Indian journal of veterinary science and animal husbandry - Volumes 18-21, 1948-1951
Year: 1948
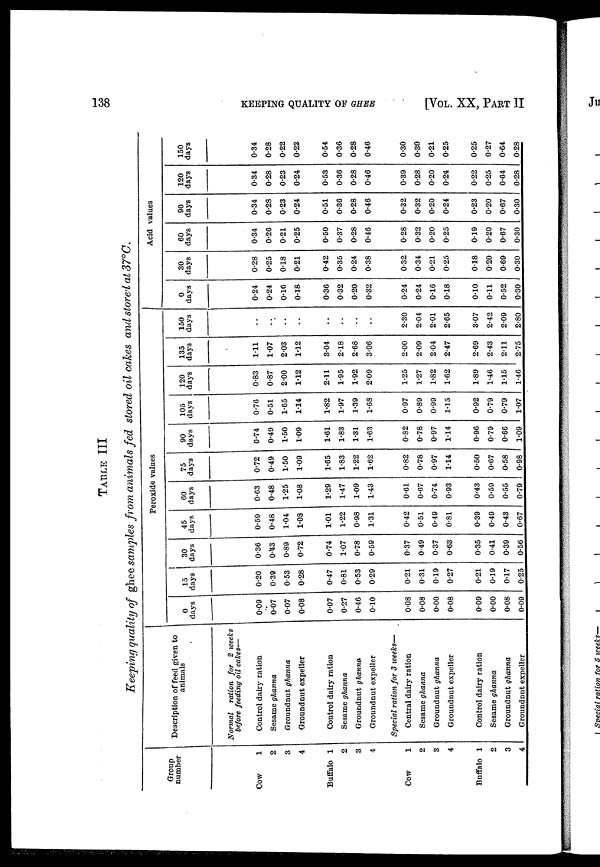
138
KEEPING QUALITY OF GHEE
[VOL. XX, PART II
TABLE III
Keeping quality of ghee samples from animals fed stored oil cakes and stored at 37°C.
Group
number
Cow
1
2
3
4
Buffalo 1
2
3
4
Cow
1
2
3
4
Buffalo 1
2
3
4
Description of feed given to
animals
Normal ration for 2 weeks
before feeding oil cakes—
Control dairy ration
Sesame ghanna
Groundnut ghanna
Groundnut expeller
Control dairy ration
Sesame ghanna
Groundnut ghanna
Groundnut expeller
Special ration for 3 weeks—
Central dairy ration
Sesame ghanna
Groundnut ghanna
Groundnut expeller
Control dairy ration
Sesame ghanna
Groundnut ghanna
Groundnut expeller
Peroxide values
0
days
0.09
0.07
0.07
0.08
0.07
0.27
0.46
0.10
0.08
0.08
0.00
0.08
0.09
0.00
0.08
0.09
15
days
0.20
0.39
0.53
0.28
0.47
0.81
0.53
0.29
0.21
0.31
0.19
0.27
0.21
0.19
0.17
0.25
30
days
0.36
0.43
0.89
0.72
0.74
1.07
0.78
0.59
0.37
0.49
0.37
0.63
0.35
0.41
0.39
0.56
45
days
0.59
0.48
1.04
1.08
1.01
1.22
0.98
1.31
0.42
0.51
0.49
0.81
0.39
0.49
0.43
0.67
60
days
0.63
0.48
1.25
1.08
1.29
1.47
1.09
1.43
0.61
0.67
0.74
0.93
0.43
0.59
0.55
0.79
75
days
0.72
0.49
1.50
1.09
1.65
1.83
1.22
1.62
0.82
0.78
0.97
1.14
0.50
0.67
0.58
0.98
90
days
0.74
0.49
1.50
1.09
1.61
1.83
1.31
1.63
0.82
0.78
0.97
1.14
0.96
0.79
0.66
1.09
105
days
0.76
0.51
1.65
1.14
1.82
1.97
1.39
1.68
0.97
0.89
0.99
1.15
0.92
0.79
0.79
1.07
120
days
0.83
0.87
2.00
1.12
2.11
1.95
1.92
2.09
1.25
1.27
1.82
1.62
1.89
1.46
1.15
1.46
135
days
1.11
1.07
2.03
1.12
3.04
2.18
2.68
3.06
2.00
2.09
2.04
2.47
2.69
2.43
2.11
2.75
150
days
..
..
..
..
..
..
..
..
2.30
2.04
2.01
2.65
3.07
2.42
2.09
2.80
Acid values
0
days
0.24
0.24
0.16
0.18
0.36
0.32
0.20
0.32
0.24
0.24
0.16
0.18
0.10
0.11
0.52
0.30
30
days
0.28
0.25
0.18
0.21
0.42
0.35
0.24
0.38
0.32
0.34
0.21
0.25
0.18
0.20
0.69
0.30
60
days
0.34
0.26
0.21
0.25
0.50
0.37
0.28
0.46
0.28
0.32
0.20
0.25
0.19
0.20
0.67
0.30
90
days
0.34
0.28
0.23
0.24
0.51
0.36
0.28
0.46
0.32
0.32
0.20
0.24
0.23
0.20
0.67
0.30
120
days
0.34
0.28
0.23
0.24
0.53
0.36
0.28
0.46
0.39
0.28
0.20
0.24
0.22
0.25
0.64
0.28
150
days
0.34
0.28
0.22
0.23
0.54
0.36
0.28
0.46
0.30
0.30
0.21
0.25
0.25
0.27
0.64
0.28